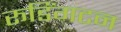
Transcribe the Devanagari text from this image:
रूडिंगटन